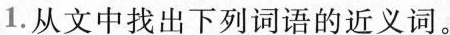
1.从文中找出下列词语的近义词。